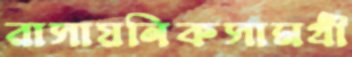
রাসায়নিকসামগ্রী